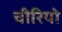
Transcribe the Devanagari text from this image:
चीरियो